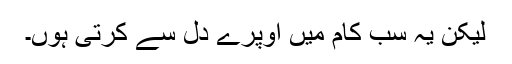
لیکن یہ سب کام میں اوپرے دل سے کرتی ہوں۔